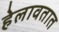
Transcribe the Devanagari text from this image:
हेलावतात